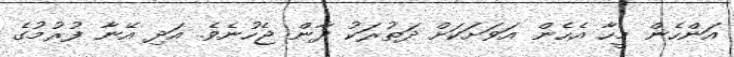
އަންހެން މީހާ އެހެން އަވަށަކަށް ދަތުރަކު ދާން ޖެހުނެވެ. އަދި އޭނާ ފުރުމުގެ